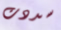
سددت